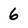
Character: 6